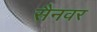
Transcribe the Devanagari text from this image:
सैनवर